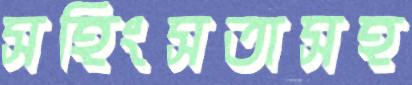
সহিংসতাসহ